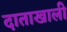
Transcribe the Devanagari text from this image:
दाताखाली